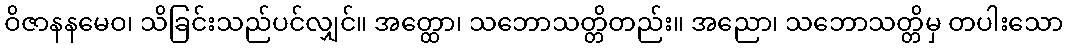
ဝိဇာနနမေဝ၊ သိခြင်းသည်ပင်လျှင်။ အတ္ထော၊ သဘောသတ္တိတည်း။ အညော၊ သဘောသတ္တိမှ တပါးသော